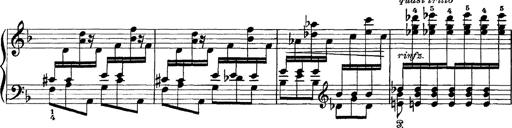
Title: Scherzo und Marsch
Composer: Franz Liszt